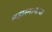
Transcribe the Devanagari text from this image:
महास्नानाचा